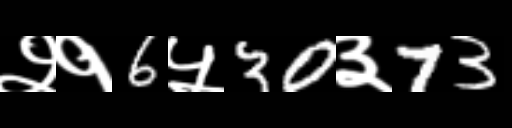
Text: २१6५30३73